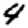
Digit: 4